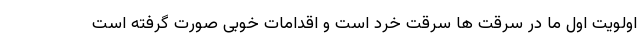
اولویت اول ما در سرقت ها سرقت خرد است و اقدامات خوبی صورت گرفته است